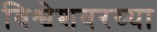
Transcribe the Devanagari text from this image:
विश्वेशवरय्या